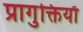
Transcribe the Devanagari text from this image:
प्रागुक्तियाँ